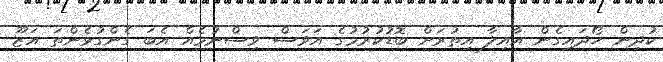
ކުދިން ހޯދައިގެން އާއިލާ އިތުރަށް ބޮޑުކުރުމުގެ އަވަސް ވިސްނުމެއް އެބަ ގެންގުޅެންތަ އަޒޫ